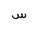
Letter: _sin